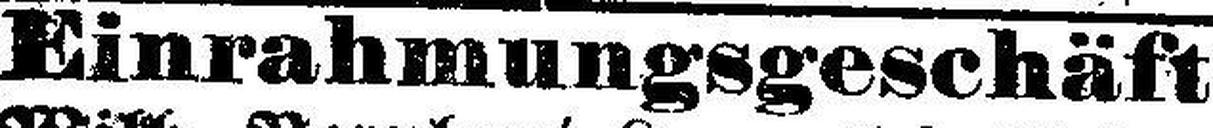
Einrahmungsgeschäft